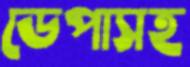
ডেপাসহ